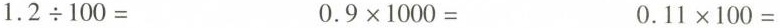
$$1 . 2 \div 1 0 0 =$$ $$0 . 9 \times 1 0 0 0 =$$